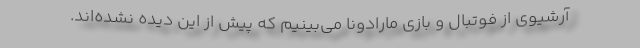
آرشیوی از فوتبال و بازی مارادونا می‌بینیم که پیش از این دیده نشده‌اند.